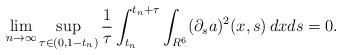
LaTeX: \begin{align*}\lim_{n\to\infty}\sup_{\tau\in(0,1-t_n)}\frac{1}{\tau}\int_{t_n}^{t_n+\tau}\int_{R^6}(\partial_sa)^2(x,s)\,dxds=0.\end{align*}